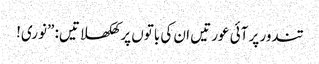
تندور پر آئی عورتیں ان کی باتوں پر کھلکھلاتیں: ”نوری!